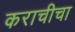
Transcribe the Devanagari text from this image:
कराचीचा